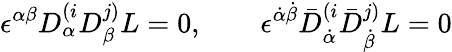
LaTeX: \epsilon^{\alpha\beta}D_{\alpha}^{(i}D_{\beta}^{j)}L=0,\qquad\epsilon^{\dot{\alpha}\dot{\beta}}\bar{D}_{\dot{\alpha}}^{(i}\bar{D}_{\dot{\beta}}^{j)}L=0